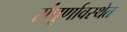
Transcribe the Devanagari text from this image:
संंपूर्णावस्थेत